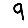
Digit: 9